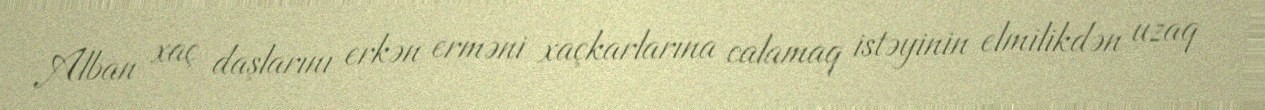
Alban xaç daşlarını erkən erməni xaçkarlarına calamaq istəyinin elmilikdən uzaq